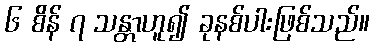
၆ စိန် ၇ သန္တာဟူ၍ ခုနစ်ပါးဖြစ်သည်။